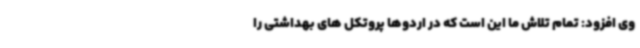
وی افزود: تمام تلاش ما این است که در اردوها پروتکل های بهداشتی را